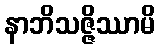
နာဘိသဇ္ဇိဿာမိ